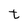
Character: t